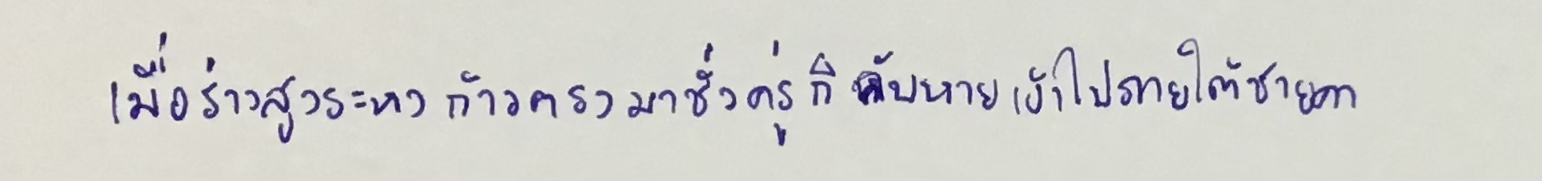
เมื่อร่างสูงระหงก้าวตรงมาชั่วครู่ก็ลับหายเข้าไปภายใต้ชายคา